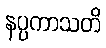
နပ္ပကာသတိ